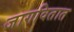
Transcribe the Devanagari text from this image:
जागवितात